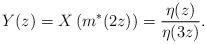
LaTeX: \begin{align*}Y(z)=X\left(m^{*}(2z)\right)=\frac{\eta(z)}{\eta(3z)}.\end{align*}